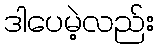
ဒါပေမဲ့လည်း